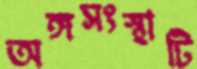
অঙ্গসংস্থাটি